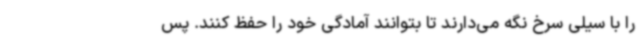
را با سیلی سرخ نگه می‌دارند تا بتوانند آمادگی خود را حفظ کنند. پس